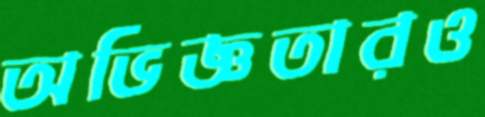
অভিজ্ঞতারও